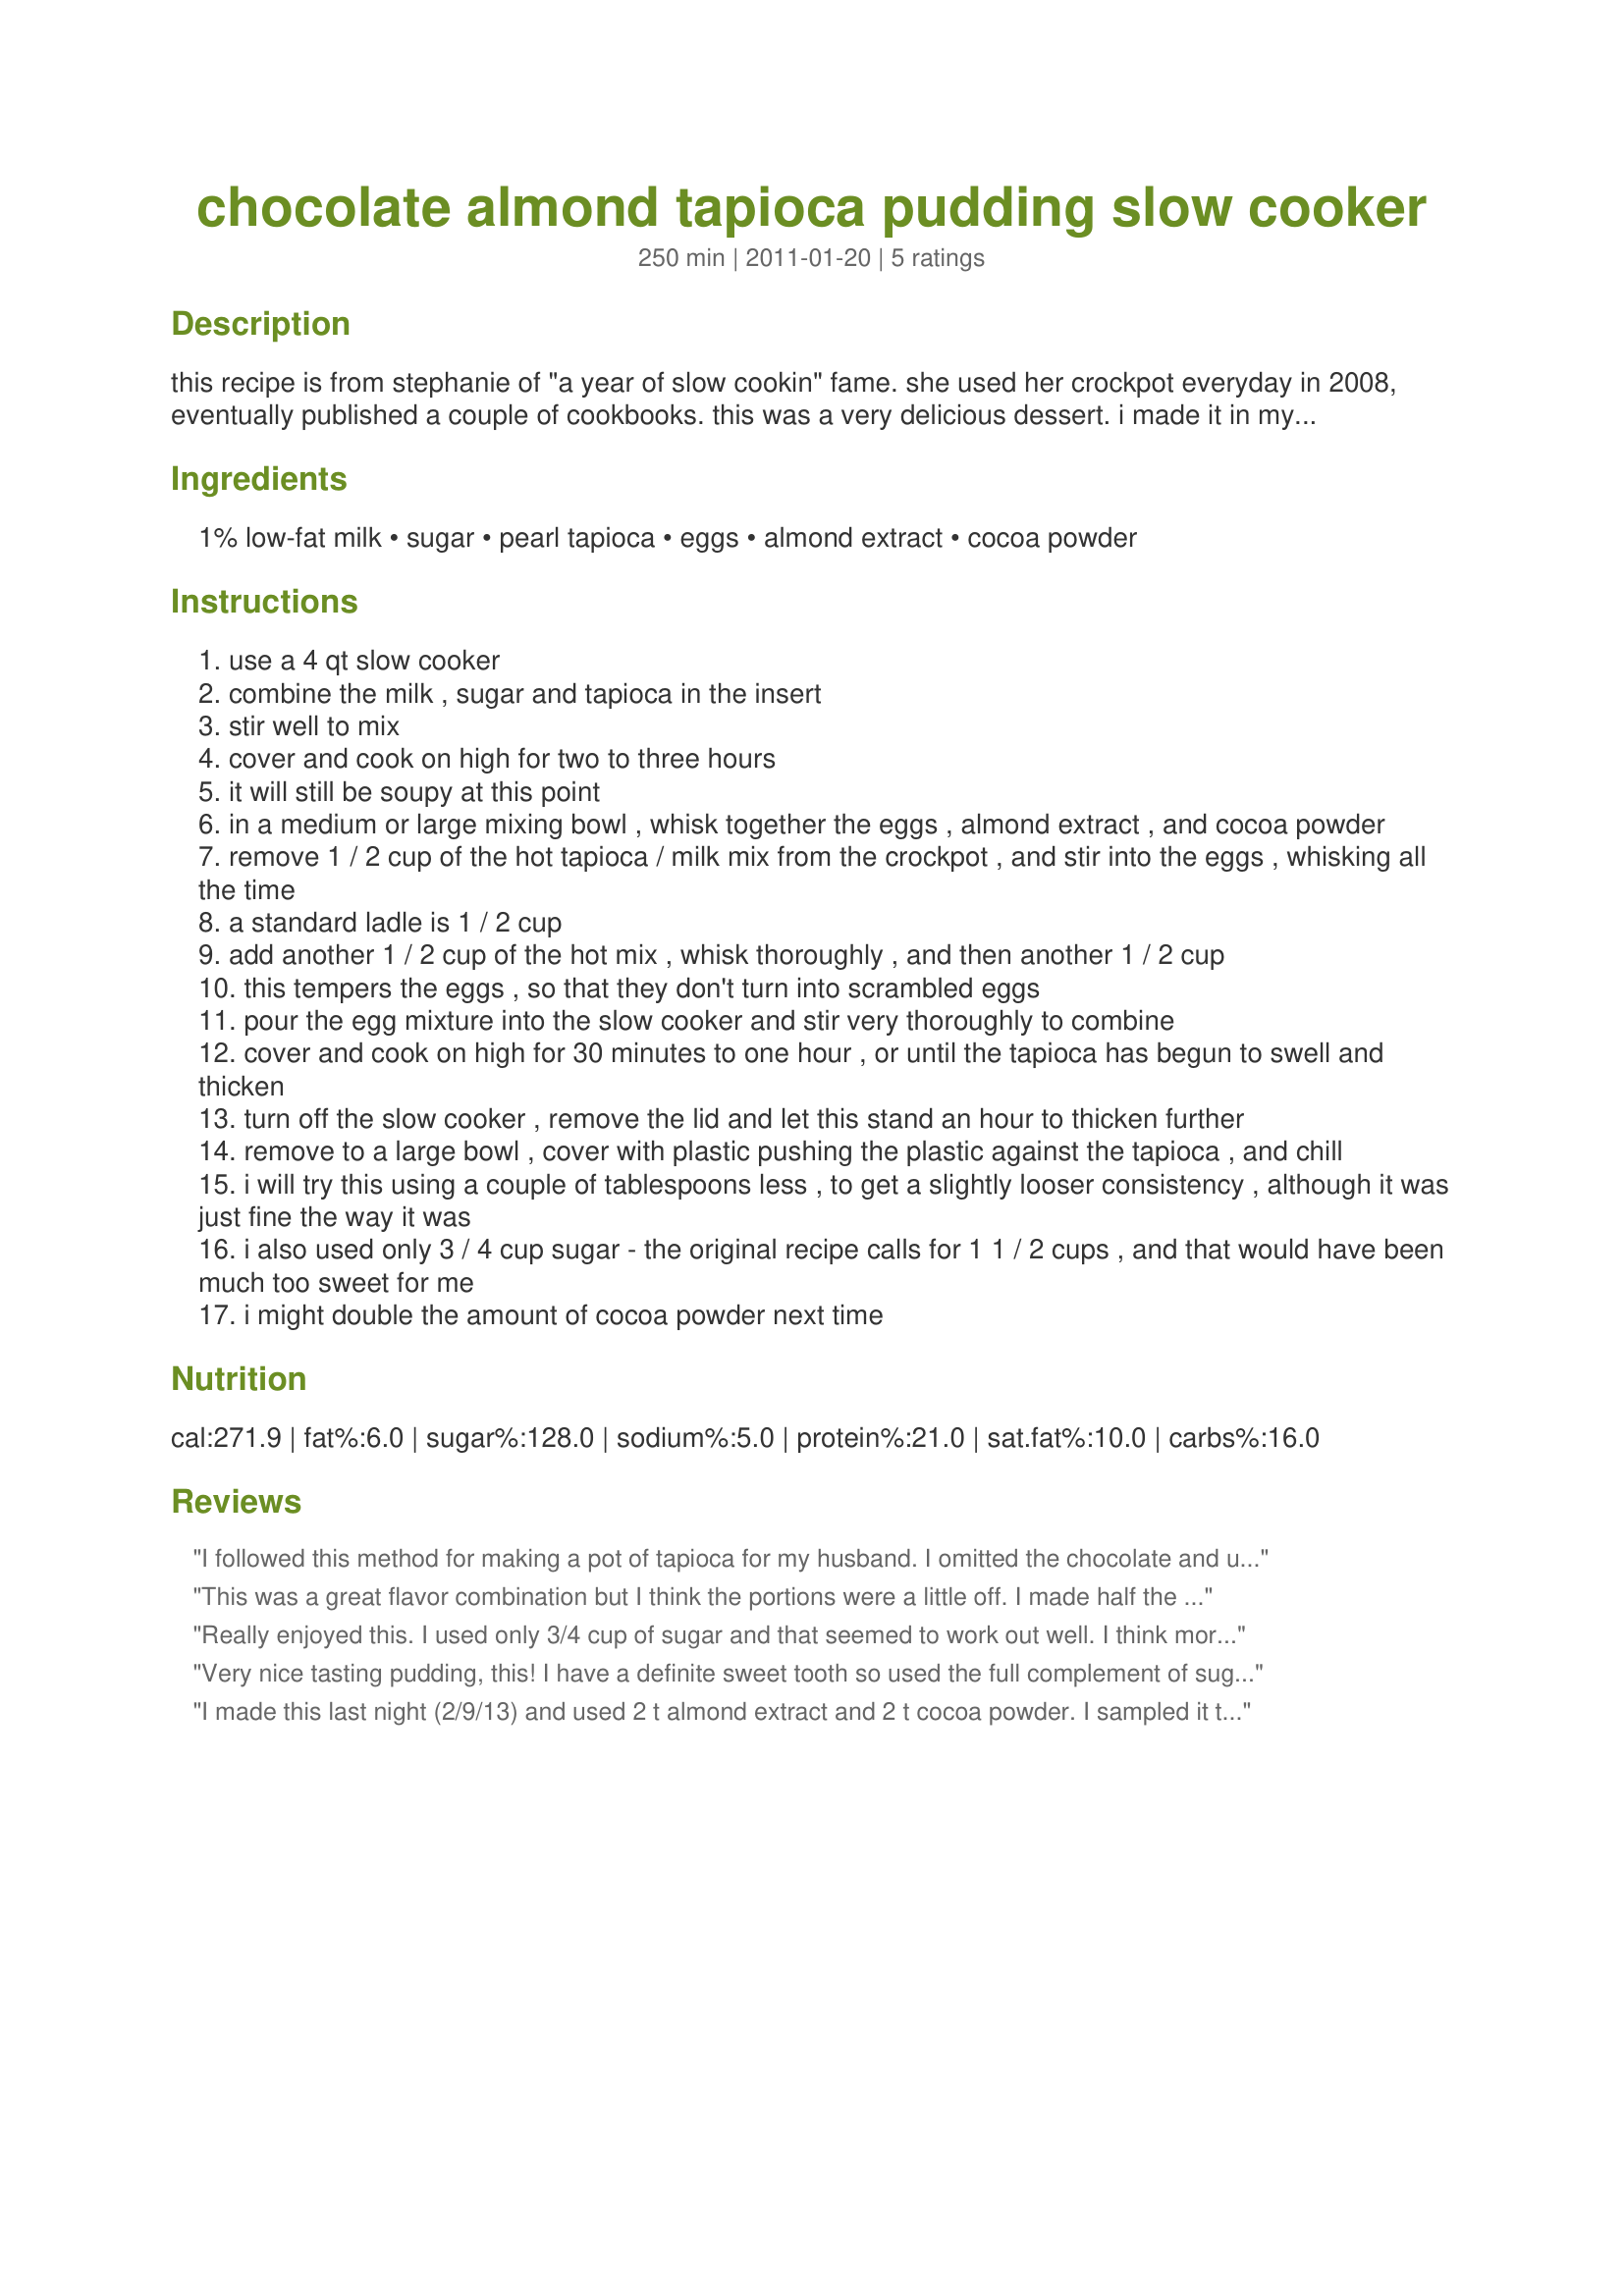
chocolate almond tapioca pudding slow cooker
Preparation time: 250 minutes

this recipe is from stephanie of "a year of slow cookin" fame. she used her crockpot everyday in 2008, eventually published a couple of cookbooks. this was a very delicious dessert. i made it in my 3 qt slow cooker. see notes in recipe for comments. cooking time does not include chilling.

Ingredients:
1% low-fat milk, sugar, pearl tapioca, eggs, almond extract, cocoa powder

Steps:
use a 4 qt slow cooker
combine the milk , sugar and tapioca in the insert
stir well to mix
cover and cook on high for two to three hours
it will still be soupy at this point
in a medium or large mixing bowl , whisk together the eggs , almond extract , and cocoa powder
remove 1 / 2 cup of the hot tapioca / milk mix from the crockpot , and stir into the eggs , whisking all the time
a standard ladle is 1 / 2 cup
add another 1 / 2 cup of the hot mix , whisk thoroughly , and then another 1 / 2 cup
this tempers the eggs , so that they don't turn into scrambled eggs
pour the egg mixture into the slow cooker and stir very thoroughly to combine
cover and cook on high for 30 minutes to one hour , or until the tapioca has begun to swell and thicken
turn off the slow cooker , remove the lid and let this stand an hour to thicken further
remove to a large bowl , cover with plastic pushing the plastic against the tapioca , and chill
i will try this using a couple of tablespoons less , to get a slightly looser consistency , although it was just fine the way it was
i also used only 3 / 4 cup sugar - the original recipe calls for 1 1 / 2 cups , and that would have been much too sweet for me
i might double the amount of cocoa powder next time

Reviews:
I followed this method for making a pot of tapioca for my husband. I omitted the chocolate and used vanilla flavoring rather than almond. (My husband said, "I'm a traditionalist, leave it alone.") The texture of it was just what he was looking for and I loved not having to stand at the stove and stir. Thanks!
This was a great flavor combination but I think the portions were a little off. I made half the recipe and used 2 eggs, 1/2 cup sugar and the 1 tablespoon of cocoa powder and found that I would have increased the cocoa powder and the sugar as it really wasn't very sweet. It was a little on the "goopy" side too and not sure why.............Made for PRMR :)
Really enjoyed this. I used only 3/4 cup of sugar and that seemed to work out well. I think more would lessened the flavor. The chocolate/almond flavor worked out very nicely too. All of enjoyed . Great for the slow cooker. Made for Rookie Tag.
Very nice tasting pudding, this! I have a definite sweet tooth so used the full complement of sugar & had not problem with the pudding thickening properly! I do enjoy tapioca puddings & really liked the almond & chocolate combo! [Made & reviewed in Newest Zaar]
I made this last night (2/9/13) and used 2 t almond extract and 2 t cocoa powder. I sampled it today and could taste neither one. This definitely needs to have at least 1/3 to 1/2 cup cocoa powder, maybe more.
